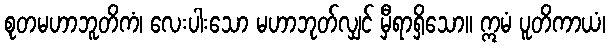
စုတမဟာဘူတိကံ၊ လေးပါးသော မဟာဘုတ်လျှင် မှီရာရှိသော။ ဣမံ ပူတိကာယံ၊